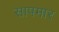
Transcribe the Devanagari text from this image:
सापमार